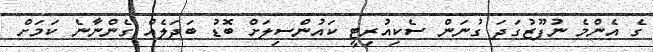
ގެ އެންމެ ނުފޫޒުގަދަ ގުނަން ސެކިއުރިޓީ ކައުންސިލަށް ބޮޑު ބަދަލެއް ގެންނާނެ ކަމަށް